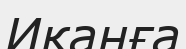
Иқанға